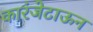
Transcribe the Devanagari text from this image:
कारंजेटाऊन